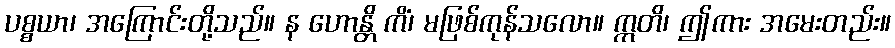
ပစ္စယာ၊ အကြောင်းတို့သည်။ န ဟောန္တိ ကိံ၊ မဖြစ်ကုန်သလော။ ဣတိ၊ ဤကား အမေးတည်း။